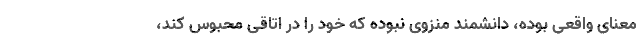
معنای واقعی بوده، دانشمند منزوی نبوده که خود را در اتاقی محبوس کند،